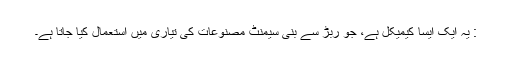
: یہ ایک ایسا کیمیکل ہے، جو ربڑ سے بنی سیمنٹ مصنوعات کی تیاری میں استعمال کیا جاتا ہے۔